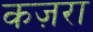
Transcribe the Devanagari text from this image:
कज़रा